Report of the Indian Hemp Drugs Commission, 1894-1895 - Volume VI
Year: 1894
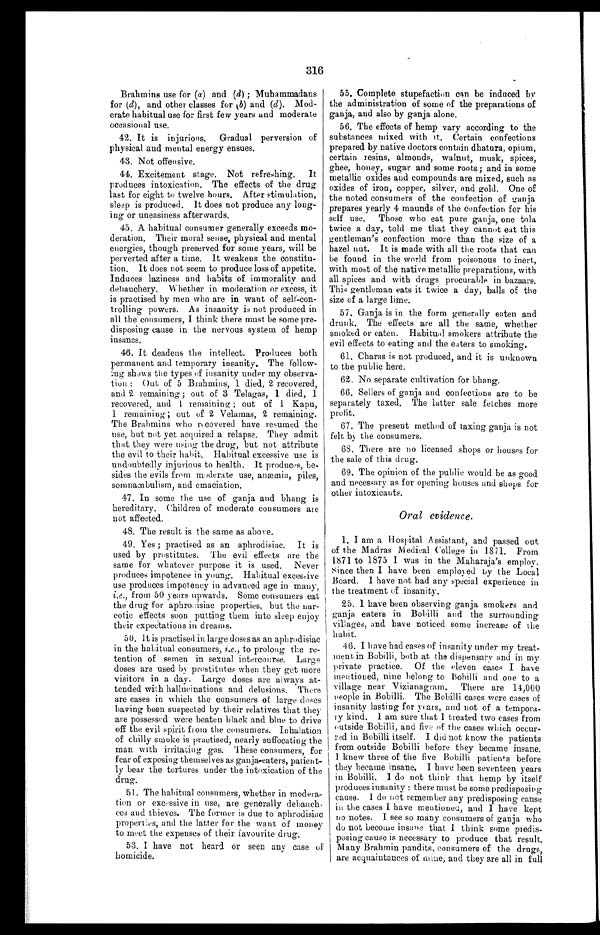
316
Brahmins use for (a) and (d) ; Muhammadans
for (d), and other classes for k b) and (d). Mod-
erate habitual use for first few years and moderate
occasional use.
42. It is injurious.
Gradual perversion of
physical and mental energy ensues.
43. Not offensive.
44. Excitement stage. Not refreshing. It
produces intoxication. The effects of the drug
last for eight to twelve hours. After stimulation,
sleep is produced. It does not produce any long- -
ing or uneasiness afterwards.
45. A habitual consumer generally exceeds mo- -
deration. Their moral sense, physical and mental
energies, though preserved for some years, will be
perverted after a time. It weakens the constitu-
- tion. It does not seem to produce loss of appetite.
Induces laziness and habits of immorality and
debauchery. Whether in moderation or excess, it
is practised by men who are in want of self-con- -
trolling powers. As insanity is not produced in
all the consumers, I think there must be some pre- -
disposing cause in the nervous system of hemp
insanes.
46. It deadens the intellect. Produces both
permanent and temporary insanity. The follow-
ing shows the types of insanity under my observa- -
tion : Out of 5 Brahmins, 1 died, 2 recovered,
and 2 remaining ; out of 3 Telagas, 1 died, 1
recovered, and 1 remaining ; out of 1 Kapu,
1 remaining ; out of 2 Velamas, 2 remaining.
The Brahmins who recovered have resumed the
use, but not yet acquired a relapse. They admit
that they were using the drug, but not attribute
the evil to their habit. Habitual excessive use is
undoubtedly injurious to health. It produces, be-
- s i d e s t h e e v i l s f r o m m o d e r a t e u s e , a n æ m i a , p i l e s ,
somnambulism, and emaciation.
47. In some the use of ganja and bhang is
hereditary. Children of moderate consumers are
not affected.
48. The result is the same as above.
49. Yes ; practised as an aphrodisiac. It is
used by prostitutes. The evil effects are the
same for whatever purpose it is used. Never
produces impotence in young. Habitual excessive
use produces impotency in advanced age in many,
i.e., from 50 years upwards. Some consumers eat
the drug for aphro<illegible>isiac properties, but the nar- -
cotic effects soon putting them into sleep enjoy
their expectations in dreams.
50. It is practised in large doses as an aphrodisiac
in the habitual consumers, i.e., to prolong the re
- t e n t i o n o f s e m e n i n s e x u a l i n t e r c o u r s e . L a r g e
doses are used by prostitutes when they get more
visitors in a day. Large doses are always at-
tended with hallucinations and delusions. There
are cases in which the consumers of large doses
having been suspected by their relatives that they
are possessed were beaten black and blue to drive
off the evil spirit flow the consumers. Inhalation
of chilly smoke is practised, nearly suffocating the
man with irritating gas. These consumers, for
fear of exposing, themselves as ganja-eaters, patient-
ly bear the tortures under the intoxication of the
drug.
51. The habitual consumers, whether in modera-
- tion or excessive in use, are generally debauch- -
ees and thieves. The former is due to aphrodisiac
properties, and the latter for the want of money
to meet the expenses of their favourite drug.
53. I have not heard or seen an y case of
homicide.
55. Complete stupefaction can be induced by
the administration of some of the preparations of
ganja, and also by ganja alone.
56. The effects of hemp vary according to the
substances mixed with it. Certain confections
prepared by native doctors contain dhatura, opium,
certain resins, almonds, walnut, musk, spices,
ghee, honey, sugar and some roots; and in some
metallic oxides and compounds are mixed, such as
oxides of iron, copper, silver, and gold. One of
the noted consumers of the confection of ganja
prepares yearly 4 maunds of the confection for his
self use. Those who eat pure ganja., one Iola
twice a. day, told me that they cannot eat this
gentleman's confection more than the size of a
hazel nut. It is made with all the roots that can
be found in the world from poisonous to inert,
with most of the native metallic preparations, with
all spices and with drugs procurable in bazaars.
This gentleman eats it twice a day, balls of the
size of a large lime.
57. Ganja is in the form generally eaten and
drunk. The effects are all the same, whether
smoked or eaten. Habitual smokers attribute the
evil effects to eating and the eaters to smoking.
61. Charas is not produced, and it is unknown
to the public here.
62. No separate cultivation for bhang.
66. Sellers of ganja and confections are to be
separately taxed. The latter sale fetches more
profit.
67. The present method of taxing ganja is not
felt by the consumers.
68. There are no licensed shops or houses for
the sale of this drug.
69. The opinion of the public would be as good
and necessary as for opening houses and shops for
other intoxicants.
Oral evidence.
I. I am a Hospital Assistant., and passed out
of the Madras Medical
,
College in 1871. From
1871 to 1875 I was in the Maharaja's employ.
since then I have been employed by the Local
Board. I have not had any special experience in
the treatment of insanity.
25. 1 have been observing ganja smokers and
ganja eaters in Bobilli and the surrounding
villages, and have noticed some increase of the
habit.
.16. I have had cases of insanity under my treat- -
ment in Bobilli, both at the dispensary and in my
private practice. Of the eleven cases I have
mentioned, nine belong to Bohilli and one to a
village near Vizianagram. There are 14,000
people in Bobilli. The Bobilli cases were cases of
insanity lasting for years, and not of a tempora-
ry kind. 1 am sure that I treated two cases from
outside Bobilli, and five of the cases which occur-
r - r e d i n B o b i l l i i t s e l f . I d i d n o t k n o w t h e p a t i e n t s
from outside Bobilli before they became insane.
I knew three of the five Bobilli patients before
they became insane. I have been seventeen years
in Bobilli. I do not think that hemp by itself
produces insanity : there must be some predisposipg -
cause. 1 do not remember any predisposing cause
in the cases I have mentioned, and I have kept
no notes. I see so many consumers of ganja who
do not become insane that I think some predis- -
posing cause is necessary to produce that result.
Many Brahmin pandits, consumers of the drugs,
are acquaintances of mine, and they are all in full